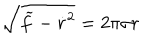
\sqrt { \widetilde f - \dot { r } ^ { 2 } } = 2 \pi \sigma r